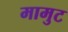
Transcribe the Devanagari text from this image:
मामुट